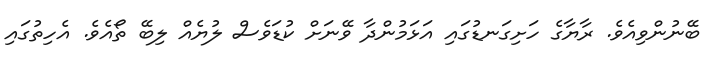
ބޭނުންވިއެވެ. ރާޔާގެ ހަށިގަނޑުގައި އަޅަމުންދާ ވޭނަށް ކުޑަވެސް ލުޔެއް ލިބޭ ތޯއެވެ. އެހިތުގައި